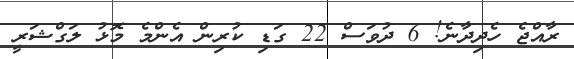
ރާއްޖެ ހެދިދާނެ! 6 ދުވަސް 22 ގަޑި ކުރިން އެންމެ މޮޅު ލަގްޝަރީ